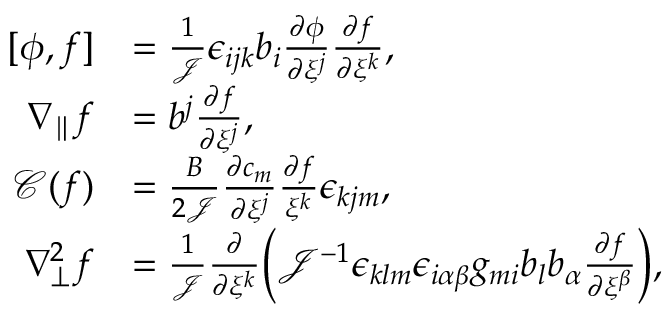
\begin{array} { r l } { [ \phi , f ] } & { = \frac { 1 } { \mathcal { J } } \epsilon _ { i j k } b _ { i } \frac { \partial \phi } { \partial \xi ^ { j } } \frac { \partial f } { \partial \xi ^ { k } } , } \\ { \nabla _ { \parallel } f } & { = b ^ { j } \frac { \partial f } { \partial \xi ^ { j } } , } \\ { \mathcal { C } ( f ) } & { = \frac { B } { 2 \mathcal { J } } \frac { \partial c _ { m } } { \partial \xi ^ { j } } \frac { \partial f } { \xi ^ { k } } \epsilon _ { k j m } , } \\ { \nabla _ { \perp } ^ { 2 } f } & { = \frac { 1 } { \mathcal { J } } \frac { \partial } { \partial \xi ^ { k } } \bigg ( \mathcal { J } ^ { - 1 } \epsilon _ { k l m } \epsilon _ { i \alpha \beta } g _ { m i } b _ { l } b _ { \alpha } \frac { \partial f } { \partial \xi ^ { \beta } } \bigg ) , } \end{array}